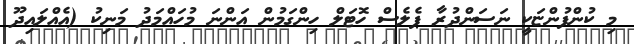
މި ކުންފުންޏަކީ ނަސަންދުރާ ޕެލެސް ހޮޓަލް ހިންގަމުން އަންނަ މުހައްމަދު މަނިކު (އެއްލައިދޫ